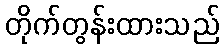
တိုက်တွန်းထားသည်